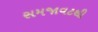
સમજાવટથી